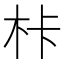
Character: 𭩦